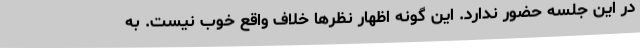
در این جلسه حضور ندارد. این گونه اظهار نظرها خلاف واقع خوب نیست. به